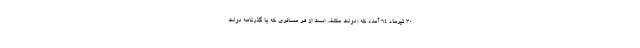
۳۰ تیرماه ۶۴ آمده که «دولت مکلف است از هر مسافری که با گذرنامه دولت